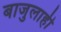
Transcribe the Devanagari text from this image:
बाजुलाही